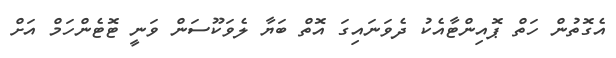
އެގޮތުން ހަތް ޕޮއިންޓާއެކު ދެވަނައިގަ އޮތް ބަޔާ ލެވަކޫސަން ވަނީ ޓޮޓެންހަމް އަށް